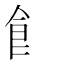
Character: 飭